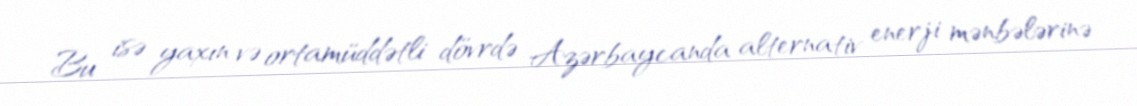
Bu isə yaxın və ortamüddətli dövrdə Azərbaycanda alternativ enerji mənbələrinə